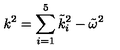
k ^ { 2 } = \sum _ { i = 1 } ^ { 5 } \tilde { k } _ { i } ^ { 2 } - \tilde { \omega } ^ { 2 }